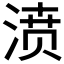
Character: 𣸣